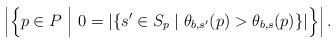
\begin{align*} \left|\left\{p\in P\,\,\Big|\,\, 0=|\{s'\in S_p\mid \theta_{b,s'}(p)>\theta_{b,s}(p)\}|\right\}\right|.\end{align*}